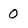
Character: 0